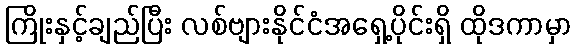
ကြိုးနှင့်ချည်ပြီး လစ်ဗျားနိုင်ငံအရှေ့ပိုင်းရှိ ထိုဒကာမှာ